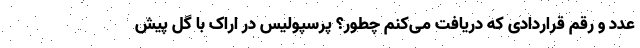
عدد و رقم قراردادی که دریافت می‌کنم چطور؟ پرسپولیس در اراک با گل پیش